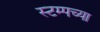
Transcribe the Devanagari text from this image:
स्टम्पच्या